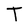
Character: T